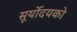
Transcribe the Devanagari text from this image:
सूर्योदयको